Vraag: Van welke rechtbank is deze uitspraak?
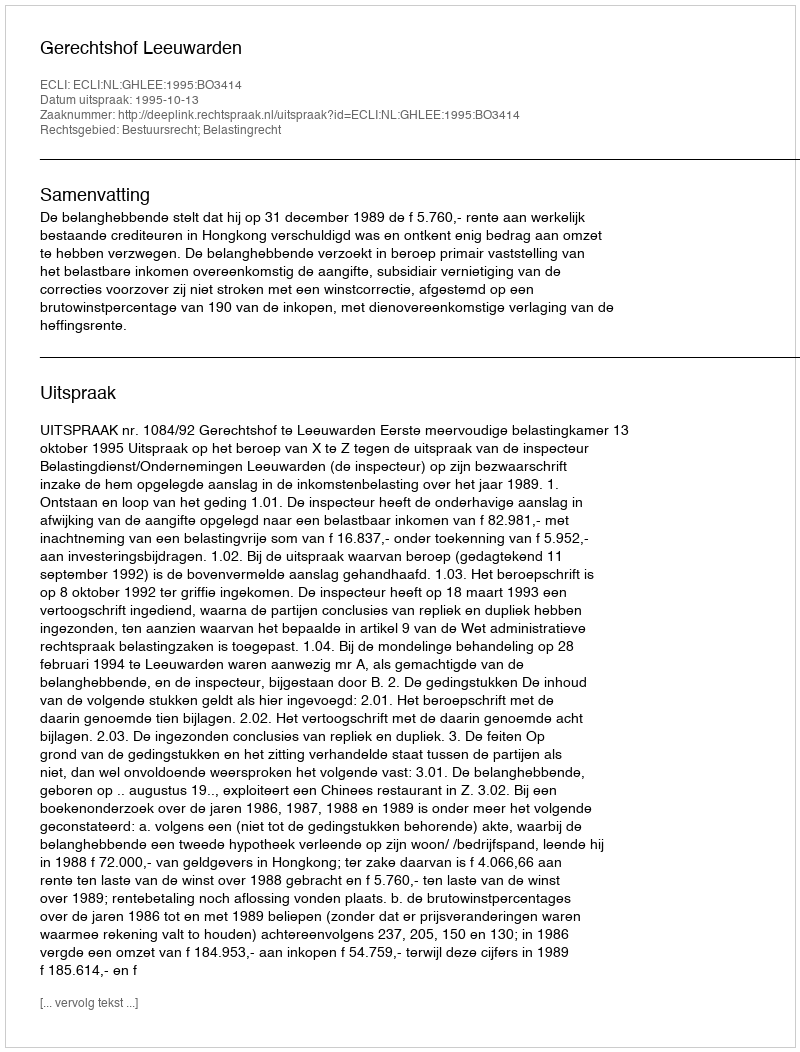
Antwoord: Gerechtshof Leeuwarden